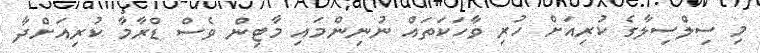
މި ސިލްސިލާގެ ކުރިއަށް ހުރި ވާހަކަތައް ނުނިންމައި މާޓިން ވެސް ޑްރާމާ ކުރިއަށްދާ